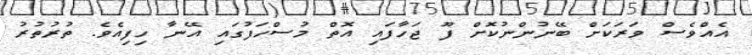
އެއްވެސް ވަރަކަށް ބޭނުންނުކޮށް ފޫ ޖަހާފައި އޮތް މުސްހަފުގައި އޭނާ ހިފިއެވެ. ތުރުތުރު